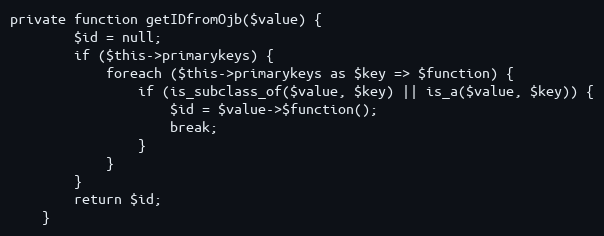
Language: PHP
private function getIDfromOjb($value) {
        $id = null;
        if ($this->primarykeys) {
            foreach ($this->primarykeys as $key => $function) {
                if (is_subclass_of($value, $key) || is_a($value, $key)) {
                    $id = $value->$function();
                    break;
                }
            }
        }
        return $id;
    }